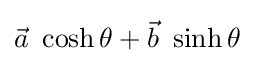
{\vec {a}}\ \cosh \theta +{\vec {b}}\ \sinh \theta